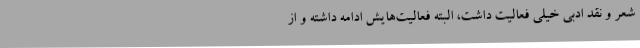
شعر و نقد ادبی خیلی فعالیت داشت، البته فعالیت‌هایش ادامه داشته و از